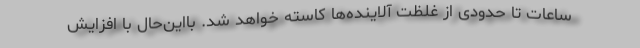
ساعات تا حدودی از غلظت آلاینده‌ها کاسته خواهد شد. بااین‌حال با افزایش